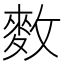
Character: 𪌑